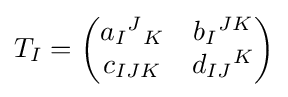
T_{I}={\begin{pmatrix}a_{I}{}^{J}{}_{K}&b_{I}{}^{JK}\\c_{IJK}&d_{IJ}{}^{K}\end{pmatrix}}